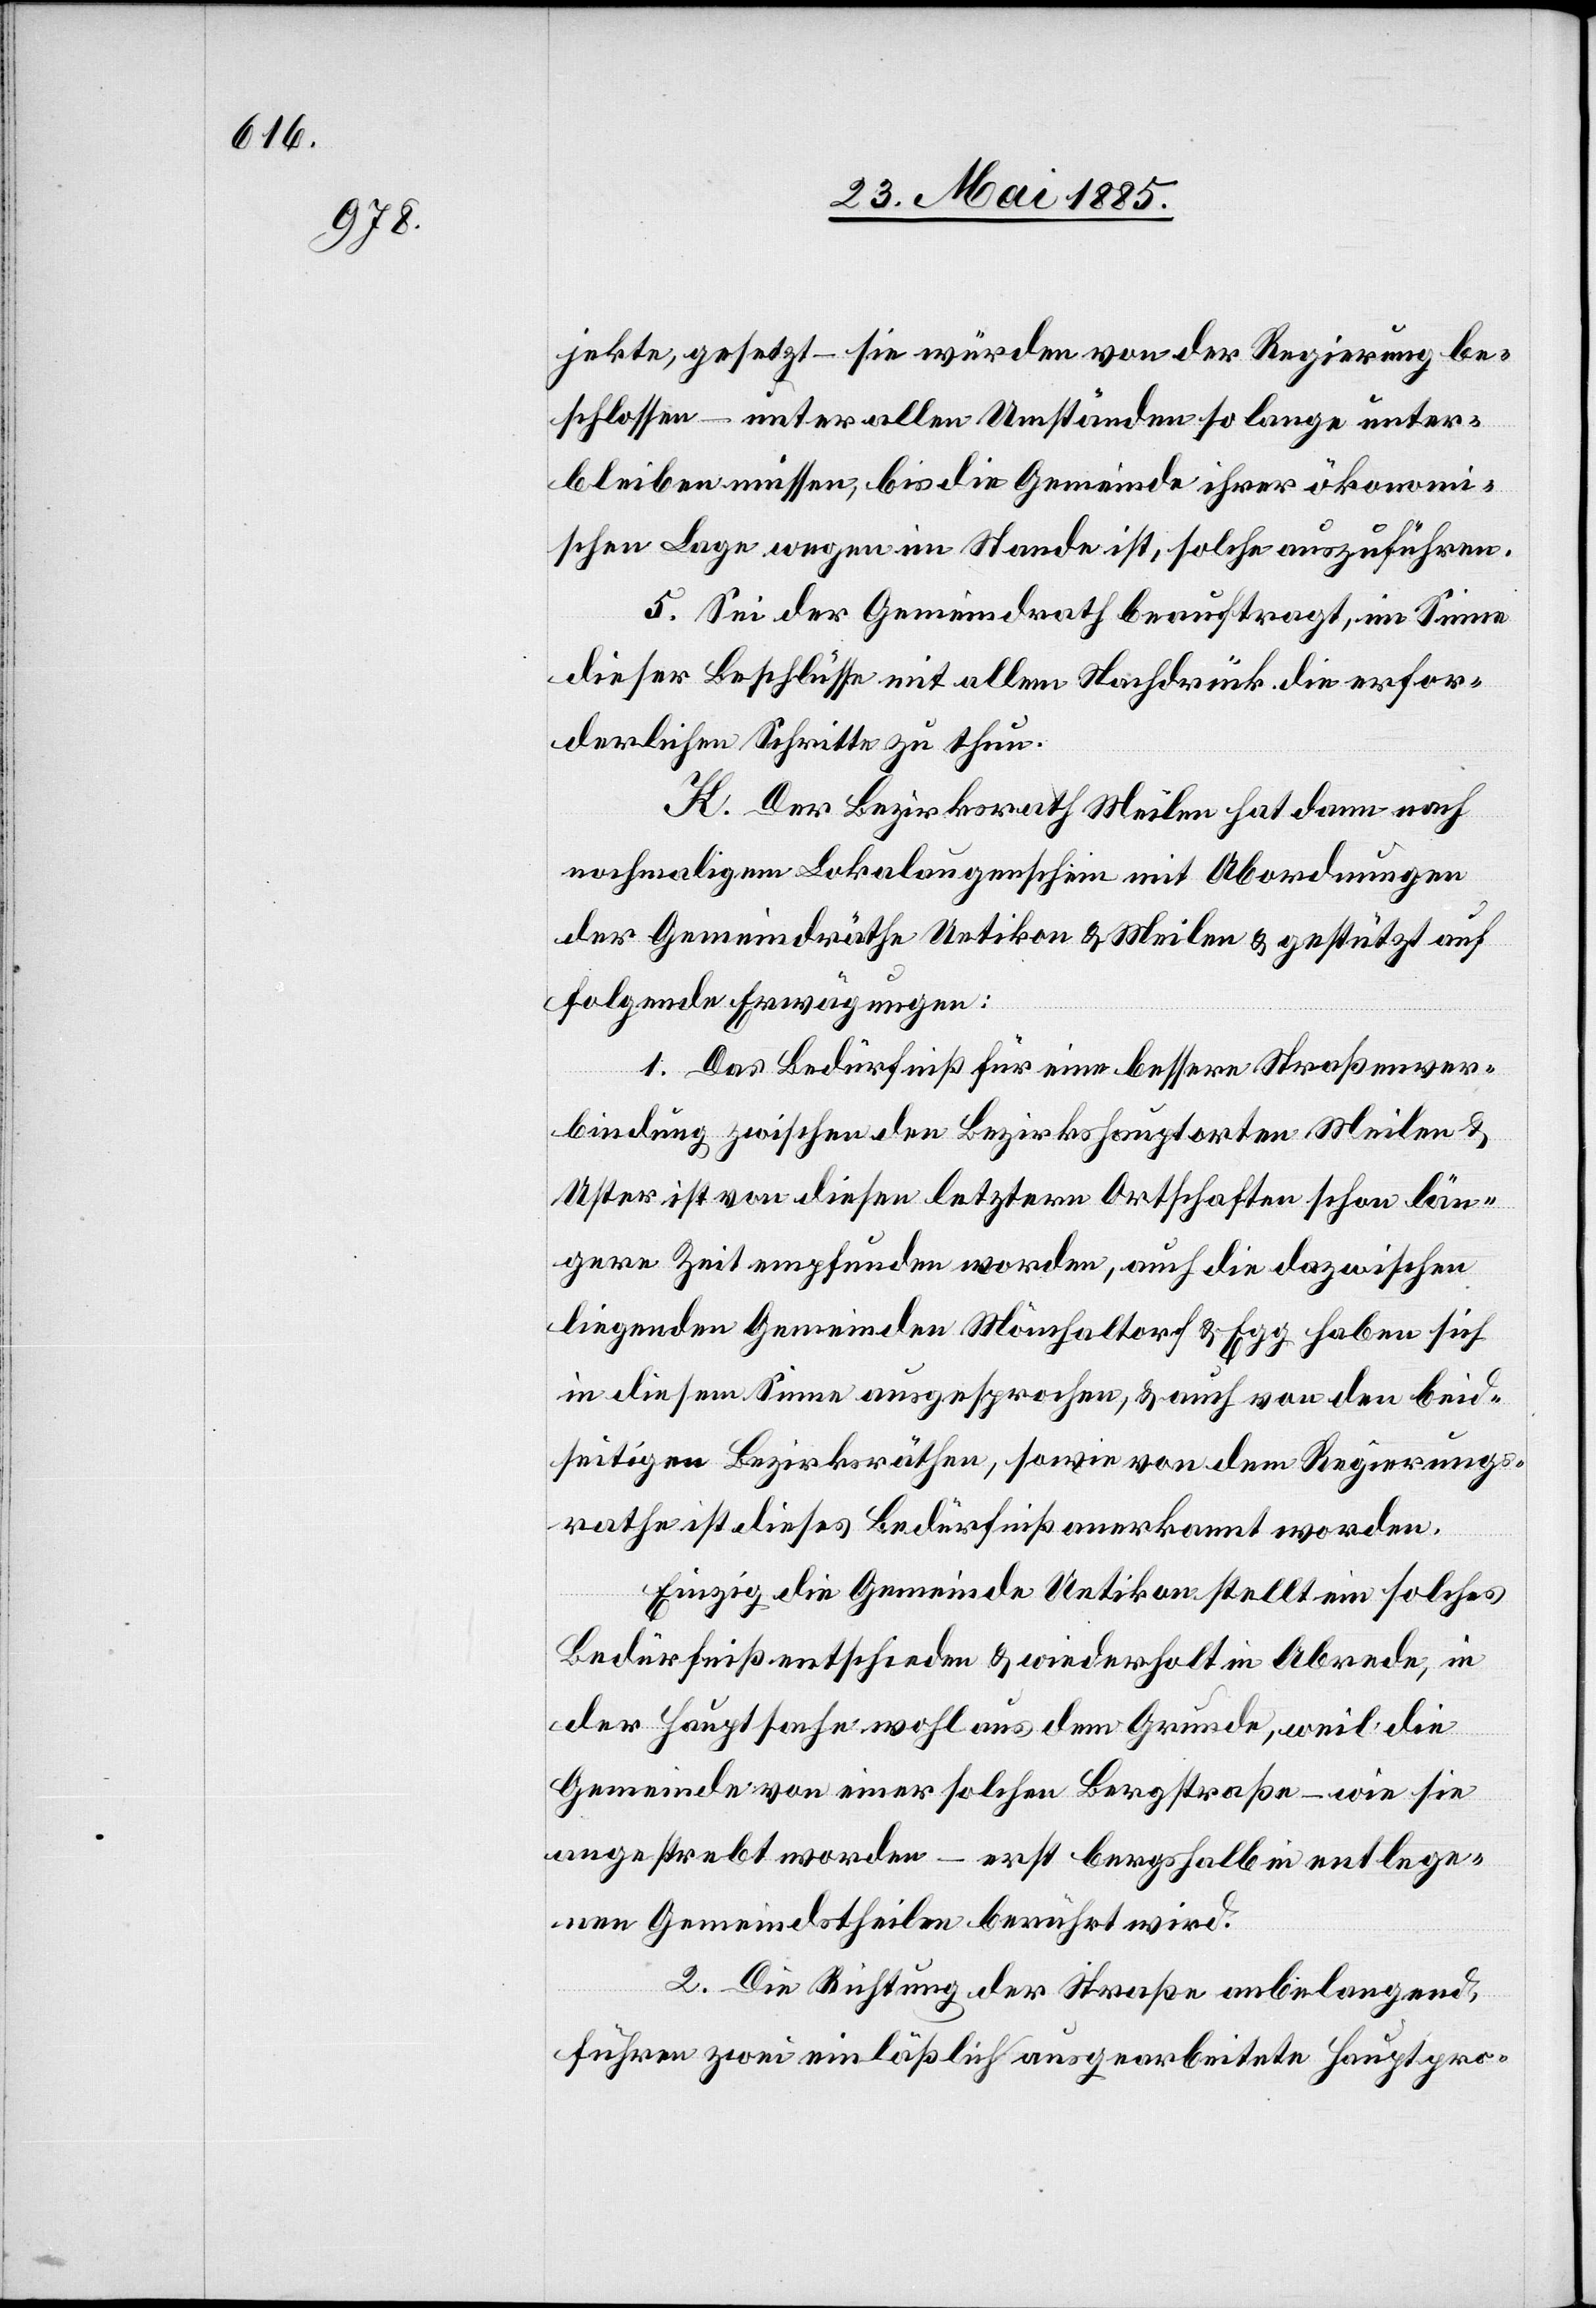
jekte, gesetzt – sie würden von der Regierung be¬
schlossen – unter allen Umständen so lange unter¬
bleiben müssen, bis die Gemeinde ihrer ökonomi¬
schen Lage wegen im Stande ist, solche auszuführen.
5. Sei der Gemeindrath beauftragt, im Sinne
dieser Beschlüsse mit allem Nachdruck die erfor¬
derlichen Schritte zu thun.
K. Der Bezirksrath Meilen hat dann nach
nochmaligem Lokalaugenschein mit Abordnungen
der Gemeindräthe Uetikon & Meilen & gestützt auf
folgende Erwägungen:
1. Das Bedürfniß für eine bessere Straßenver¬
bindung zwischen den Bezirkshauptorten Meilen &
Uster ist von diesen letztern Ortschaften schon län¬
gere Zeit empfunden worden, auch die dazwischen
liegenden Gemeinden Mönchaltorf & Egg haben sich
in diesem Sinne ausgesprochen, & auch von den beid¬
seitigen Bezirksräthen, sowie von dem Regierungs¬
rath ist dieses Bedürfniß anerkannt worden.
Einzig die Gemeinde Uetikon stellt ein solches
Bedürfniß entschieden & wiederholt in Abrede, in
der Hauptsache wohl aus dem Grunde, weil die
Gemeinde von einer solchen Bergstraße – wie sie
angestrebt worden – erst bergshalb in entlege¬
nen Gemeindstheilen berührt wird.
2. Die Richtung der Straße anbelangend,
führen zwei einläßlich ausgearbeitete Hauptpro-